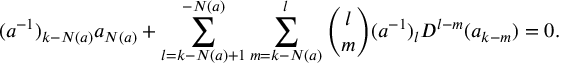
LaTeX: ( a ^ { - 1 } ) _ { k - N ( a ) } a _ { N ( a ) } + \sum _ { l = k - N ( a ) + 1 } ^ { - N ( a ) } \sum _ { m = k - N ( a ) } ^ { l } { \binom { l } { m } } ( a ^ { - 1 } ) _ { l } D ^ { l - m } ( a _ { k - m } ) = 0 .